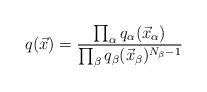
LaTeX: \begin{align*} q(\vec{x}) &= \frac{ \prod_\alpha q_\alpha(\vec{x}_\alpha) } { \prod_{\beta} q_\beta(\vec{x}_\beta)^{N_\beta-1} }\end{align*}